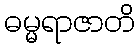
ဓမ္မရာဇာတိ